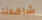
شاهدنا